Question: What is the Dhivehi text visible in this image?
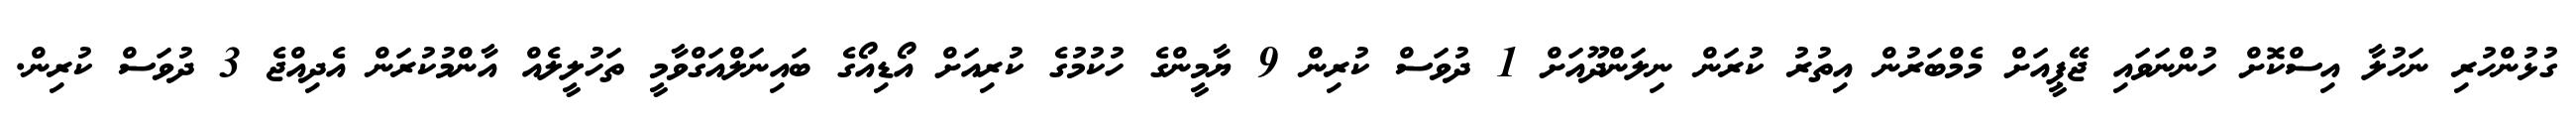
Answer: ގުޅުންހުރި ނަހުލާ އިސްކޮށް ހުންނަވައި ޖޭޕީއަށް މެމްބަރުން އިތުރު ކުރަން ނިލަންދޫއަށް 1 ދުވަސް ކުރިން 9 ޔާމީންގެ ހުކުމުގެ ކުރިއަށް އޯޑިއޯގެ ބައިނަލްއަގްވާމީ ތަހުލީލެއް އާންމުކުރަން އެދިއްޖެ 3 ދުވަސް ކުރިން.